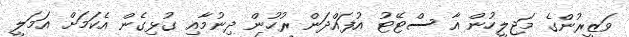
ވަޒީރުންގެ މަޖިލީހުން އާ ސްޓޭޓު އުފައްދަން ރުހުން ދިނުމާއި ގުޅިގެން އެކަމަށް އަމަލީ